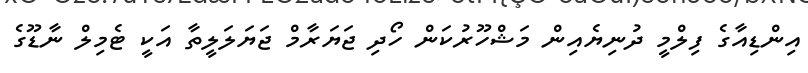
އިންޑިއާގެ ފިލްމީ ދުނިޔެއިން މަޝްހޫރުކަން ހޯދި ޖަޔަރާމް ޖަޔަލަލީތާ އަކީ ޓެމިލް ނާޑޫގެ